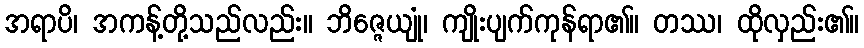
အရာပိ၊ အကန့်တို့သည်လည်း။ ဘိဇ္ဇေယျုံ၊ ကျိုးပျက်ကုန်ရာ၏။ တဿ၊ ထိုလှည်း၏။